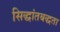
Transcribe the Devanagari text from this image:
सिद्धांतबद्धता